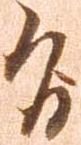
旨